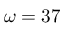
\omega = 3 7